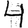
Digit: 4